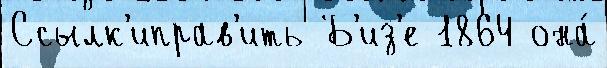
Ссылк'иправ'ить Б'из'е 1864 она́